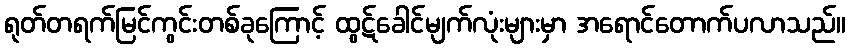
ရုတ်တရက်မြင်ကွင်းတစ်ခုကြောင့် ထွဋ်ခေါင်မျက်လုံးများမှာ အရောင်တောက်ပလာသည်။